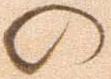
の